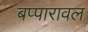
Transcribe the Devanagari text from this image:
बप्पारावल